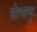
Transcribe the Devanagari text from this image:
सोभापुर